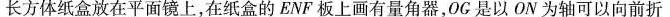
长方体纸盒放在平面镜上，在纸盒的ENF板上画有量角器，OG是以ON为轴可以向前折